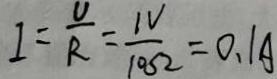
I = \frac { U } { R } = \frac { 1 V } { 1 0 5 2 } = 0 . 1 A